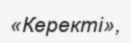
«Керекті»,